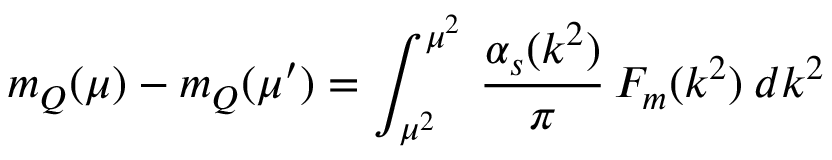
m _ { Q } ( \mu ) - m _ { Q } ( \mu ^ { \prime } ) = \int _ { \mu ^ { 2 } } ^ { \mu ^ { 2 } } \, \frac { \alpha _ { s } ( k ^ { 2 } ) } { \pi } \, F _ { m } ( k ^ { 2 } ) \: d k ^ { 2 }